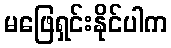
မဖြေရှင်းနိုင်ပါက